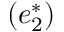
( e _ { 2 } ^ { \ast } )